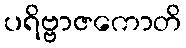
ပရိဗ္ဗာဇကောတိ